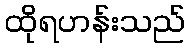
ထိုရဟန်းသည်